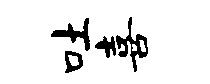
吐喜